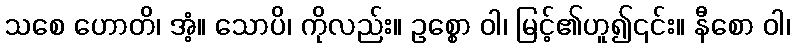
သစေ ဟောတိ၊ အံ့။ သောပိ၊ ကိုလည်း။ ဥစ္စော ဝါ၊ မြင့်၏ဟူ၍၎င်း။ နီစော ဝါ၊